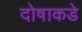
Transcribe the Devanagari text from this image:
दोषाकडे